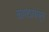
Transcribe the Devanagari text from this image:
कागदापासून